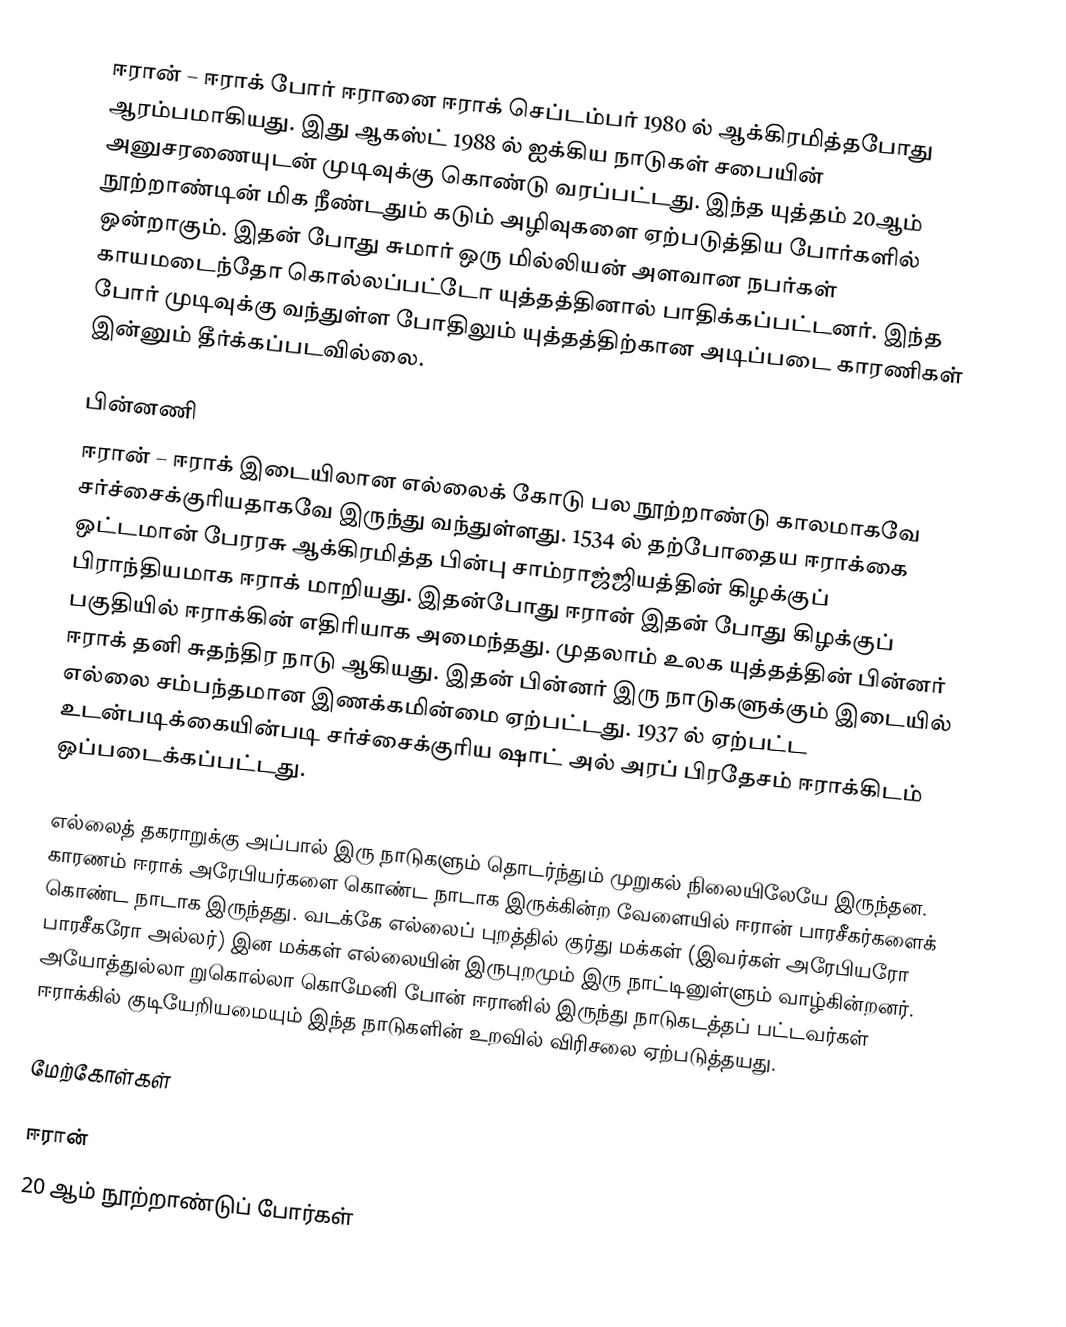
ஈரான் – ஈராக் போர் ஈரானை ஈராக் செப்டம்பர் 1980 ல் ஆக்கிரமித்தபோது ஆரம்பமாகியது. இது ஆகஸ்ட் 1988 ல் ஐக்கிய நாடுகள் சபையின் அனுசரணையுடன் முடிவுக்கு கொண்டு வரப்பட்டது. இந்த யுத்தம் 20ஆம் நூற்றாண்டின் மிக நீண்டதும் கடும் அழிவுகளை ஏற்படுத்திய போர்களில் ஒன்றாகும். இதன் போது சுமார் ஒரு மில்லியன் அளவான நபர்கள் காயமடைந்தோ கொல்லப்பட்டோ யுத்தத்தினால் பாதிக்கப்பட்டனர். இந்த போர் முடிவுக்கு வந்துள்ள போதிலும் யுத்தத்திற்கான அடிப்படை காரணிகள் இன்னும் தீர்க்கப்படவில்லை.

பின்னணி
ஈரான் – ஈராக் இடையிலான எல்லைக் கோடு பல நூற்றாண்டு காலமாகவே சர்ச்சைக்குரியதாகவே இருந்து வந்துள்ளது. 1534 ல் தற்போதைய ஈராக்கை ஒட்டமான் பேரரசு ஆக்கிரமித்த பின்பு சாம்ராஜ்ஜியத்தின் கிழக்குப் பிராந்தியமாக ஈராக் மாறியது. இதன்போது ஈரான் இதன் போது கிழக்குப் பகுதியில் ஈராக்கின் எதிரியாக அமைந்தது. முதலாம் உலக யுத்தத்தின் பின்னர் ஈராக் தனி சுதந்திர நாடு ஆகியது. இதன் பின்னர் இரு நாடுகளுக்கும் இடையில் எல்லை சம்பந்தமான இணக்கமின்மை ஏற்பட்டது. 1937 ல் ஏற்பட்ட உடன்படிக்கையின்படி சர்ச்சைக்குரிய ஷாட் அல் அரப் பிரதேசம் ஈராக்கிடம் ஒப்படைக்கப்பட்டது.

எல்லைத் தகராறுக்கு அப்பால் இரு நாடுகளும் தொடர்ந்தும் முறுகல் நிலையிலேயே இருந்தன. காரணம் ஈராக் அரேபியர்களை கொண்ட நாடாக இருக்கின்ற வேளையில் ஈரான் பாரசீகர்களைக் கொண்ட நாடாக இருந்தது. வடக்கே எல்லைப் புறத்தில் குர்து மக்கள் (இவர்கள் அரேபியரோ பாரசீகரோ அல்லர்) இன மக்கள் எல்லையின் இருபுறமும் இரு நாட்டினுள்ளும் வாழ்கின்றனர். அயோத்துல்லா றுகொல்லா கொமேனி போன் ஈரானில் இருந்து நாடுகடத்தப் பட்டவர்கள் ஈராக்கில் குடியேறியமையும் இந்த நாடுகளின் உறவில் விரிசலை ஏற்படுத்தயது.

மேற்கோள்கள்

ஈரான்
20 ஆம் நூற்றாண்டுப் போர்கள்